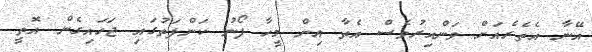
އޭނާ އެތެރެއަށް ވަންއިރުވެސް އެތާ އިން މީހާ ފޯނު ކަންފަތުގައި ޖަހައިގެން އޮތީ